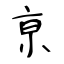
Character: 亰